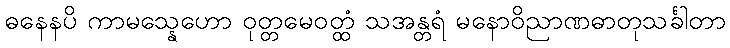
ဓနေနပိ ကာမသ္နေဟော ဝုတ္တမေဝတ္ထံ သအန္တရံ မနောဝိညာဏဓာတုသင်္ခါတာ